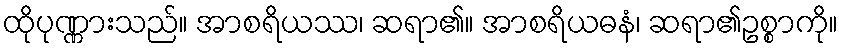
ထိုပုဏ္ဏားသည်။ အာစရိယဿ၊ ဆရာ၏။ အာစရိယဓနံ၊ ဆရာ၏ဥစ္စာကို။